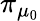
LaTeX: \pi_{\mu_{0}}